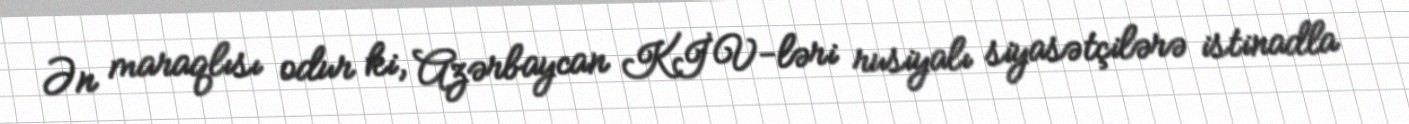
Ən maraqlısı odur ki, Azərbaycan KİV-ləri rusiyalı siyasətçilərə istinadla